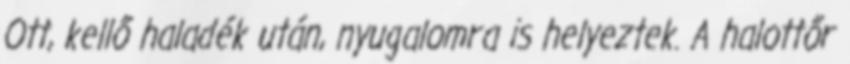
Ott, kellő haladék után, nyugalomra is helyeztek. A halottőr